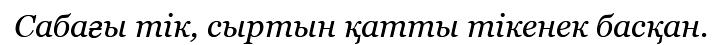
Сабағы тік, сыртын қатты тікенек басқан.